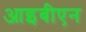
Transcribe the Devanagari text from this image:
आइबीएन